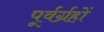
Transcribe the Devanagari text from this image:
पूर्वर्ग्रहों